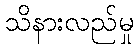
သိနားလည်မှု